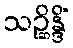
သဉ္ဆိန္ဒိံ